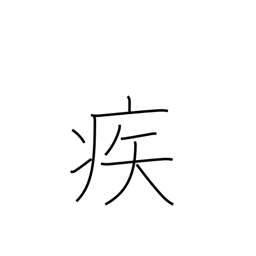
Meaning: rapidly